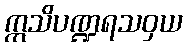
ဣသိပဏ္ဍရသဝှယ